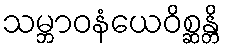
သမ္ဘာဝနံယေဝိစ္ဆန္တိ